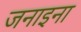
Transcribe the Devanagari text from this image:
जनाइना